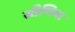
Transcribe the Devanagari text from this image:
सीणिया